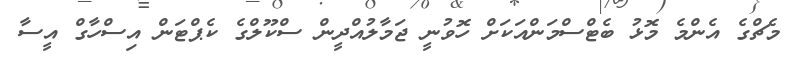
މެޗްގެ އެންމެ މޮޅު ބެޓްސްމަންއަކަށް ހޮވުނީ ޖަމާލުއްދީން ސްކޫލްގެ ކެޕްޓަން އިސްހާގް އީސާ